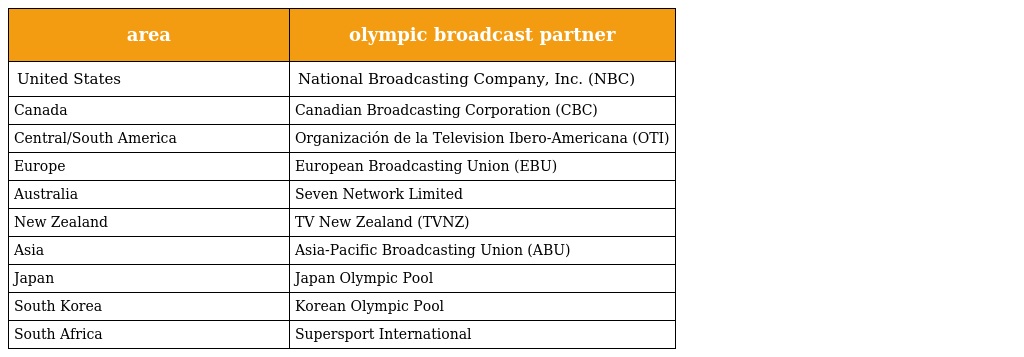
| area | olympic broadcast partner |
 | --- | --- |
 | United States | National Broadcasting Company, Inc. (NBC) |
 | Canada | Canadian Broadcasting Corporation (CBC) |
 | Central/South America | Organización de la Television Ibero-Americana (OTI) |
 | Europe | European Broadcasting Union (EBU) |
 | Australia | Seven Network Limited |
 | New Zealand | TV New Zealand (TVNZ) |
 | Asia | Asia-Pacific Broadcasting Union (ABU) |
 | Japan | Japan Olympic Pool |
 | South Korea | Korean Olympic Pool |
 | South Africa | Supersport International |